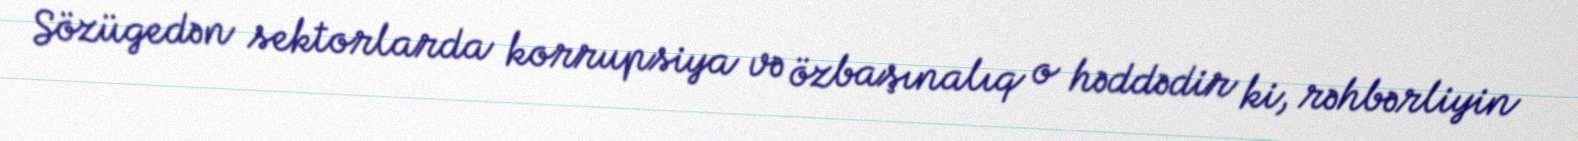
Sözügedən sektorlarda korrupsiya və özbaşınalıq o həddədir ki, rəhbərliyin